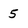
Character: 5